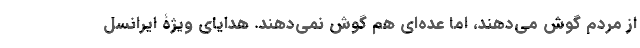
از مردم گوش می‌دهند، اما عده‌ای هم گوش نمی‌دهند. هدایای ویژۀ ایرانسل